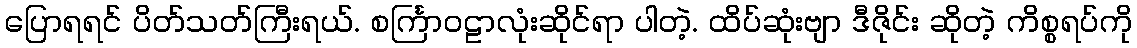
ပြောရရင် ပိတ်သတ်ကြီးရယ်. စင်္ကြာဝဠာလုံးဆိုင်ရာ ပါတဲ့. ထိပ်ဆုံးဗျာ ဒီဇိုင်း ဆိုတဲ့ ကိစ္စရပ်ကို